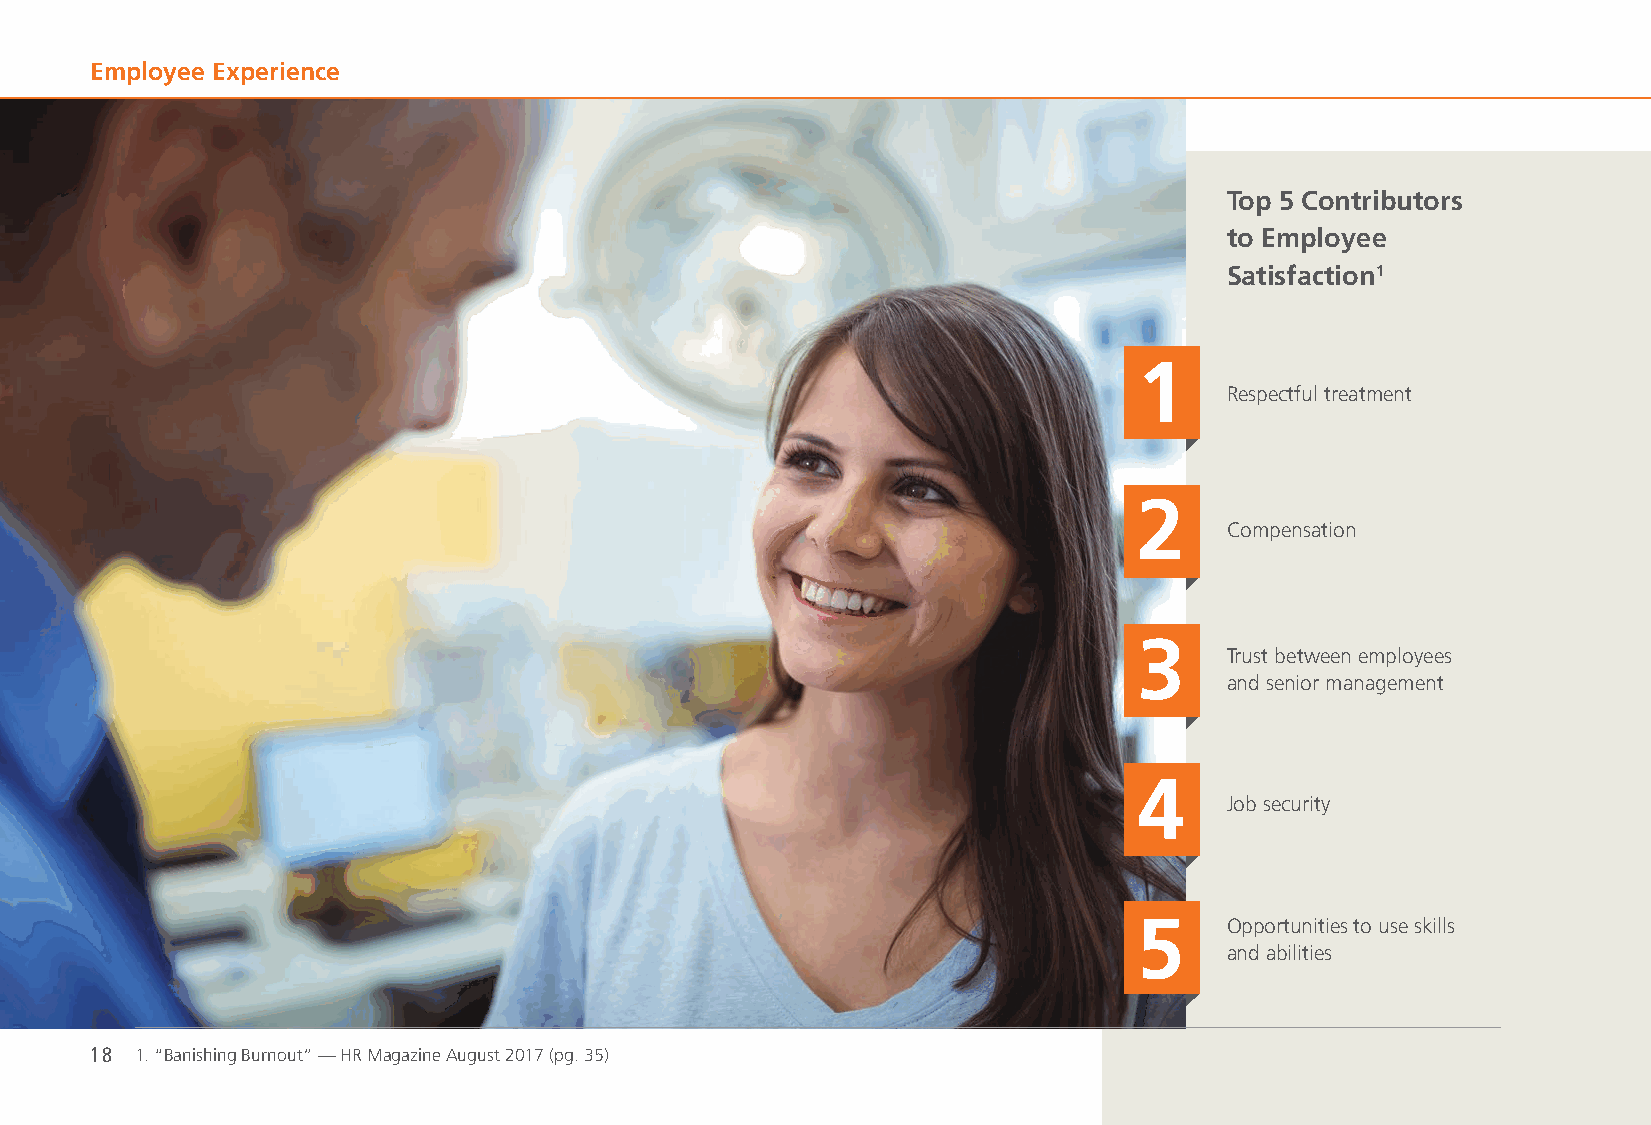
Employee Experience
 Top 5 Contributors
 to Employee
 Satisfaction1
 1
 Respectful treatment
 2
 Compensation
 3
 Trust between employees
 and senior management
 4
 Job security
 5     Opportunities to use skills
 and abilities
 18 1. “Banishing Burnout” — HR Magazine August 2017 (pg. 35)